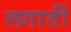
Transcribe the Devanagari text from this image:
लगातीं